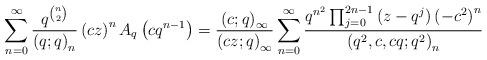
LaTeX: \begin{align*}\sum_{n=0}^{\infty}\frac{q^{\binom{n}{2}}}{\left(q;q\right)_{n}}\left(cz\right)^{n}A_{q}\left(cq^{n-1}\right)=\frac{\left(c;q\right)_{\infty}}{\left(cz;q\right)_{\infty}}\sum_{n=0}^{\infty}\frac{q^{n^{2}}\prod_{j=0}^{2n-1}\left(z-q^{j}\right)\left(-c^{2}\right)^{n}}{\left(q^{2},c,cq;q^{2}\right)_{n}}\end{align*}